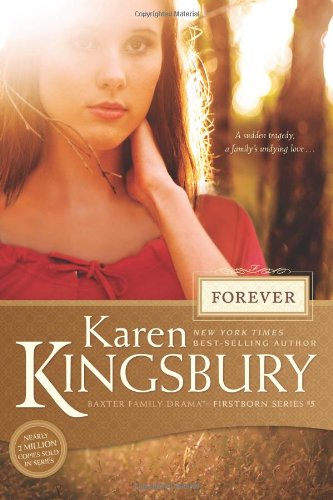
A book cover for Forever (Firstborn); Karen Kingsbury; Christian Books & Bibles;